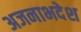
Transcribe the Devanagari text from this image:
अजनाभदेश